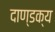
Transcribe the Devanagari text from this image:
दाण्डक्य